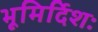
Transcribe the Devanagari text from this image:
भूमिर्दिशः